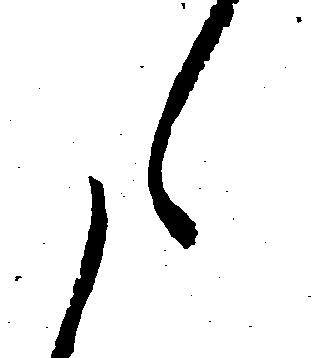
た